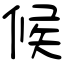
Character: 候